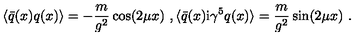
\langle \bar { q } ( x ) q ( x ) \rangle = - \frac { m } { g ^ { 2 } } \cos ( 2 \mu x ) \ , \langle \bar { q } ( x ) \mathrm { i } \gamma ^ { 5 } q ( x ) \rangle = \frac { m } { g ^ { 2 } } \sin ( 2 \mu x ) \ .